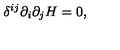
\delta ^ { i j } \partial _ { i } \partial _ { j } H = 0 ,